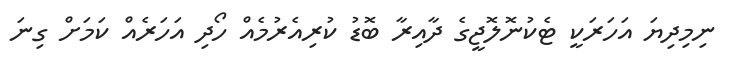
ނިމިދިޔަ އަހަރަކީ ޓެކުނޮލޮޖީގެ ދާއިރާ ބޮޑު ކުރިއެރުމެއް ހޯދި އަހަރެއް ކަމަށް ގިނަ